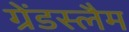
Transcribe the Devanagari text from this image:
ग्रेंडस्लैम